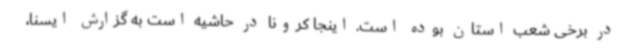
در برخی شعب استان بوده است. اینجا کرونا در حاشیه است به گزارش ایسنا،